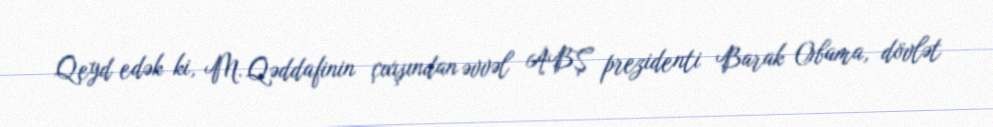
Qeyd edək ki, M. Qəddafinin çıxışından əvvəl ABŞ prezidenti Barak Obama, dövlət